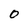
Character: 0